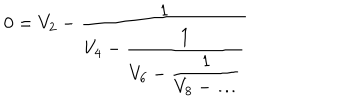
LaTeX: 0 = V _ { 2 } - \frac { 1 } { \displaystyle V _ { 4 } - \frac { 1 } { \displaystyle V _ { 6 } - \frac { 1 } { \displaystyle V _ { 8 } - \ldots } } }